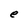
Character: e